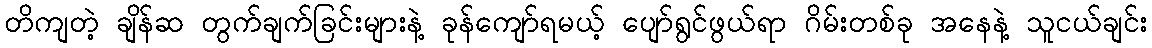
တိကျတဲ့ ချိန်ဆ တွက်ချက်ခြင်းများနဲ့ ခုန်ကျော်ရမယ့် ပျော်ရွင်ဖွယ်ရာ ဂိမ်းတစ်ခု အနေနဲ့ သူငယ်ချင်း